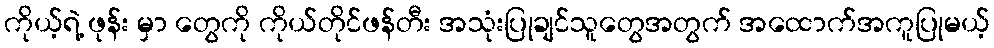
ကိုယ့်ရဲ့ ဖုန်း မှာ တွေကို ကိုယ်တိုင်ဖန်တီး အသုံးပြုချင်သူတွေအတွက် အထောက်အကူပြုမယ့်